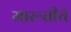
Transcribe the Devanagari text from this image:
मारूतीचे